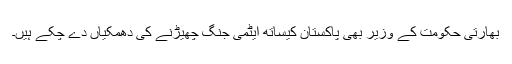
بھارتی حکومت کے وزیر بھی پاکستان کیساتھ ایٹمی جنگ چھیڑنے کی دھمکیاں دے چکے ہیں۔